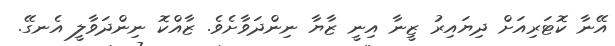
އޭނާ ކޮޓަރިއަށް ދިޔައިރު ޒީނާ އިނީ ޒާޔާ ނިންދަވާށެވެ. ޒާއްކޮ ނިންދަވާލީ އެނގޭ.